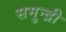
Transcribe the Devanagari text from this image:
समुन्द्री